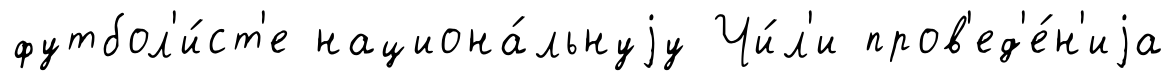
футбол'и́ст'е национа́льнуjу Чи́л'и пров'ед'е́н'иjа